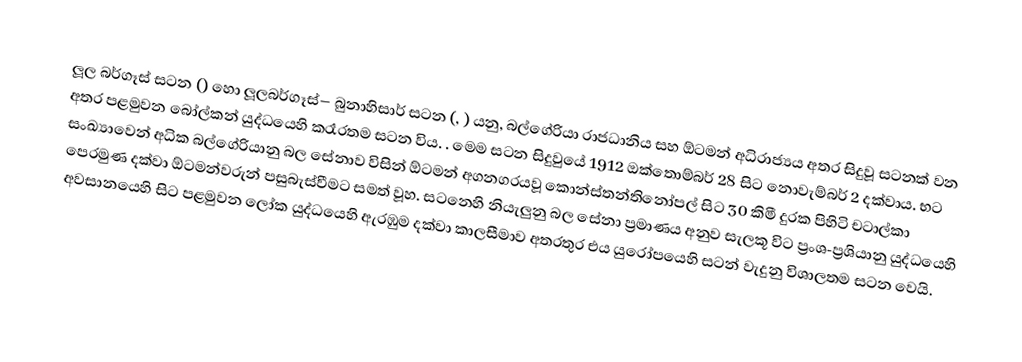
ලූල බර්ගෑස් සටන () හො ලූලබර්ගෑස්– බුනාහිසාර් සටන (, ) යනු, බල්ගේරියා රාජධානිය සහ ඕටමන් අධිරාජ්‍යය අතර සිදුවූ සටනක් වන අතර පළමුවන බෝල්කන් යුද්ධයෙහි ක‍්‍රෑරතම සටන විය. . මෙම සටන සිදුවුයේ 1912 ඔක්තොම්බර් 28 සිට නොවැම්බර් 2 දක්වාය. භට සංඛ්‍යාවෙන් අධික බල්ගේරියානු බල සේනාව විසින් ඕටමන් අගනගරයවූ කොන්ස්තන්තිනෝපල් සිට 30 කිමී දුරක පිහිටි  චටාල්කා පෙරමුණ දක්වා ඕටමන්වරුන් පසුබැස්වීමට සමත් වූහ. සටනෙහි නියැලුනු බල සේනා ප්‍රමාණය අනුව සැලකූ විට ප්‍රංශ-ප්‍රශියානු යුද්ධයෙහි අවසානයෙහි සිට පළමුවන ලෝක යුද්ධයෙහි ඇරඹුම දක්වා කාලසීමාව අතරතුර එය යුරෝපයෙහි සටන් වැදුනු විශාලතම සටන වෙයි.